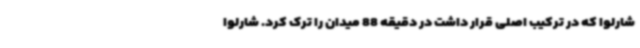
شارلوا که در ترکیب اصلی قرار داشت در دقیقه 88 میدان را ترک کرد. شارلوا